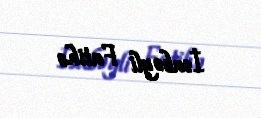
İsabəyli Fatihə